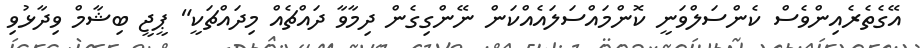
އޭގެތެރެއިންވެސް ކެންސަލްވަނީ ކޮންމައްސަލައެއްކަން ނޭންގިގެން ދިމާވާ ދައްޗެއް މިދައްޗަކީ" ޕީޖީ ބިޝާމް ވިދާޅުވި